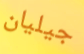
جيليان